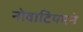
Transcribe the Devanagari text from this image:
नोवाटियमने